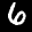
Label: 6